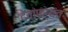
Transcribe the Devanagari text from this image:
देवांपर्यंत